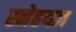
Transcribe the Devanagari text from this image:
स्नेहयज्ञ